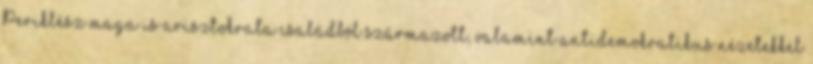
Periklész maga is arisztokrata családból származott, valamint antidemokratikus nézetekkel